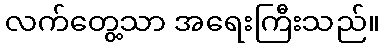
လက်တွေ့သာ အရေးကြီးသည်။